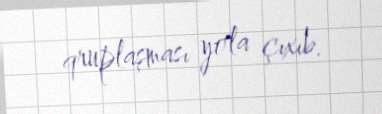
qruplaşması yola çıxıb.